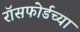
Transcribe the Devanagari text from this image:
रॉसफोर्डच्या